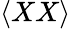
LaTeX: \langle XX\rangle